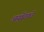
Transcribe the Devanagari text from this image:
आयुर्वेदाकडे